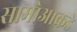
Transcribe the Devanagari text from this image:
सामोआकडे